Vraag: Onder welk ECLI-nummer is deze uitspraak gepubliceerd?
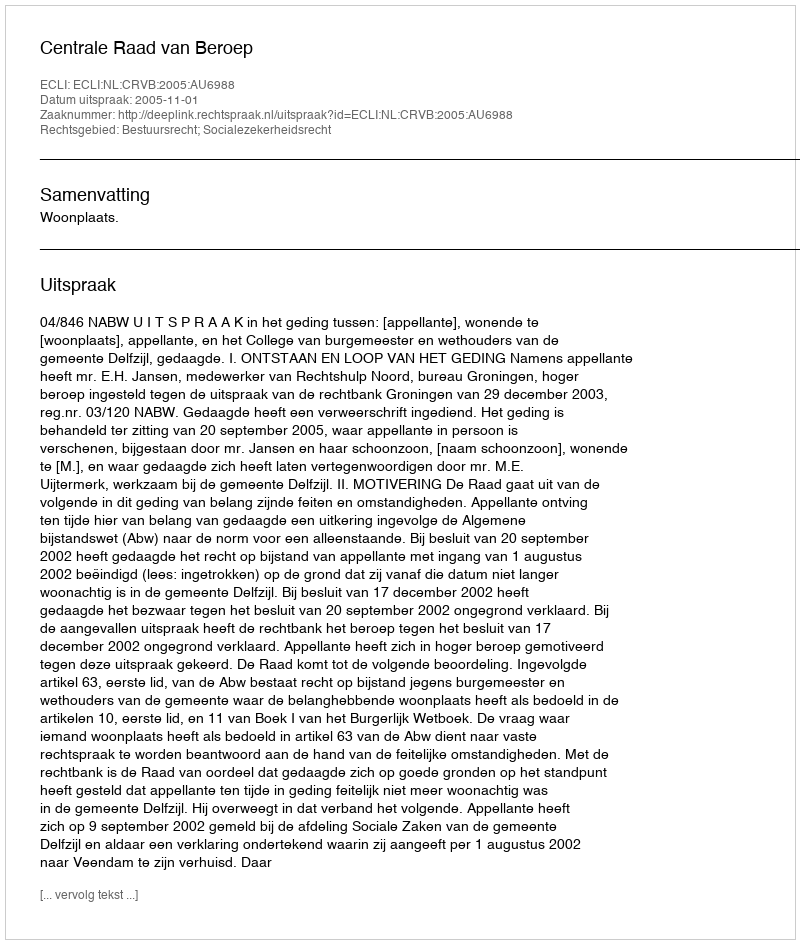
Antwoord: ECLI:NL:CRVB:2005:AU6988